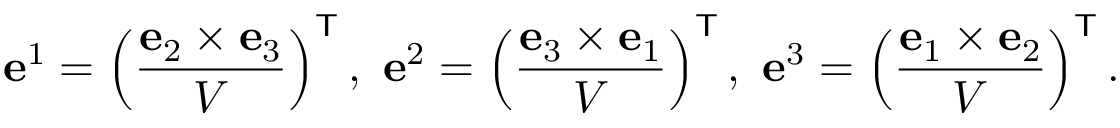
\mathbf { e } ^ { 1 } = \left( { \frac { \mathbf { e } _ { 2 } \times \mathbf { e } _ { 3 } } { V } } \right) ^ { \mathsf { T } } , \ \mathbf { e } ^ { 2 } = \left( { \frac { \mathbf { e } _ { 3 } \times \mathbf { e } _ { 1 } } { V } } \right) ^ { \mathsf { T } } , \ \mathbf { e } ^ { 3 } = \left( { \frac { \mathbf { e } _ { 1 } \times \mathbf { e } _ { 2 } } { V } } \right) ^ { \mathsf { T } } .